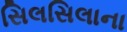
સિલસિલાના